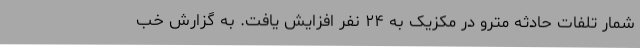
شمار تلفات حادثه مترو در مکزیک به ۲۴ نفر افزایش یافت. به گزارش خب